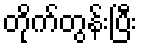
တိုက်တွန်းပြီး